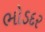
ભોડદર